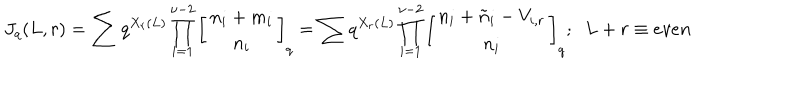
J _ { q } ( L , r ) = \sum q ^ { X _ { r } ( L ) } \prod _ { i = 1 } ^ { \nu - 2 } \left[ \begin{array} { c } { { n _ { i } + m _ { i } } } \\ { { n _ { i } } } \\ \end{array} \right] _ { q } = \sum q ^ { X _ { r } ( L ) } \prod _ { i = 1 } ^ { \nu - 2 } \left[ \begin{array} { c } { { n _ { i } + \tilde { n } _ { i } - V _ { i , r } } } \\ { { n _ { i } } } \\ \end{array} \right] _ { q } ; \; \; L + r \equiv e v e n \; \;